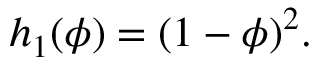
h _ { 1 } ( \phi ) = ( 1 - \phi ) ^ { 2 } .